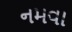
નમવા